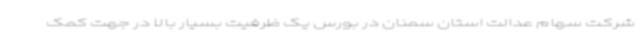
شرکت سهام عدالت استان سمنان در بورس یک ظرفیت بسیار بالا در جهت کمک